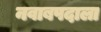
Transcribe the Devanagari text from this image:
नवाबपदाला